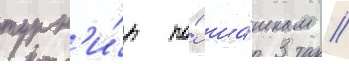
турн'и́р по́ ша́шкам //